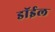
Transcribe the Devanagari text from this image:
डॉईल